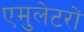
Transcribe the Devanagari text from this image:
एमुलेटरों